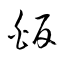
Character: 皈